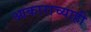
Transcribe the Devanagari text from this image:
आकाराच्याही